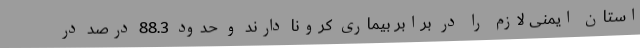
استان ایمنی لازم را در برابر بیماری کرونا دارند و حدود 88.3 درصد در